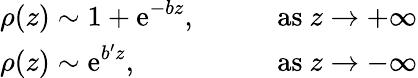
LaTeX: \begin{array}{ll}{{\displaystyle{\rho(z)\sim 1+\mathrm{e}^{-bz},}}}&{{\qquad\mathrm{as~}z\rightarrow+\infty}}\\ {{\displaystyle{\rho(z)\sim\mathrm{e}^{b^{\prime}z},}}}&{{\qquad\mathrm{as~}z\rightarrow-\infty}}\end{array}